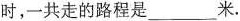
时，一共走的路程是___米。